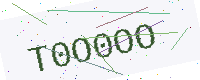
Text: T0O0OO